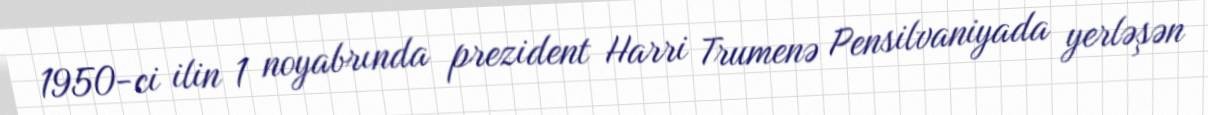
1950-ci ilin 1 noyabrında prezident Harri Trumenə Pensilvaniyada yerləşən